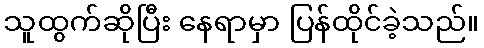
သူထွက်ဆိုပြီး နေရာမှာ ပြန်ထိုင်ခဲ့သည်။